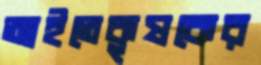
আইতেকৃষকের